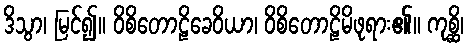
ဒိသွာ၊ မြင်၍။ ဝိစိတောဠိခေဝိယာ၊ ဝိစိတောဠိမိဖုရား၏။ ကုစ္ဆိ၊